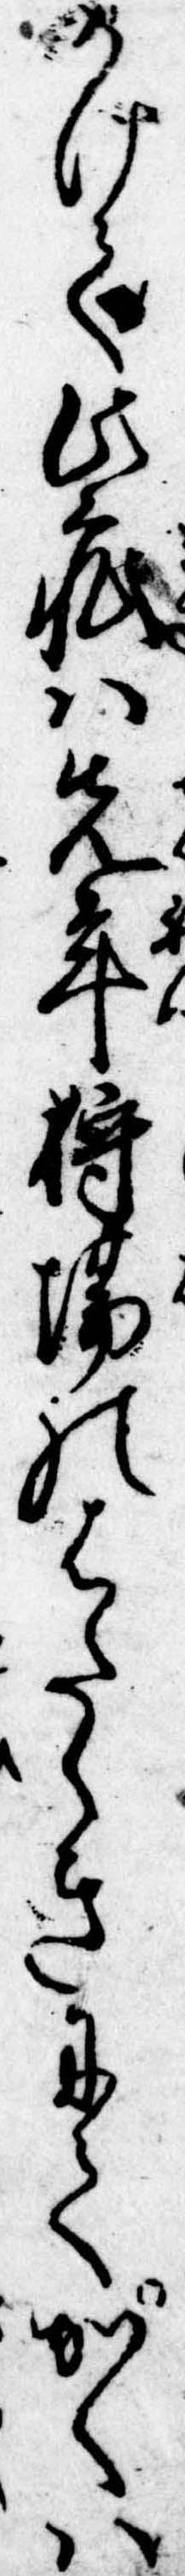
かけて此疵は先年狩場のはたらきにてかくは